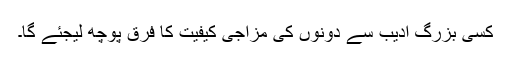
کسی بزرگ ادیب سے دونوں کی مزاجی کیفیت کا فرق پوچھ لیجئے گا۔